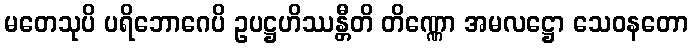
မတေသုပိ ပရိဘောဂေပိ ဥပဋ္ဌဟိဿန္တီတိ တိဏ္ဏော အမလဋ္ဌော သေဝနတော